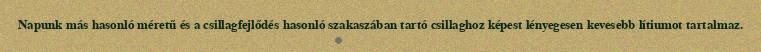
Napunk más hasonló méretű és a csillagfejlődés hasonló szakaszában tartó csillaghoz képest lényegesen kevesebb lítiumot tartalmaz.